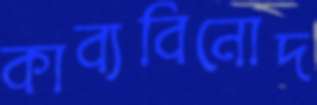
কাব্যবিনোদ